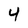
Character: 4